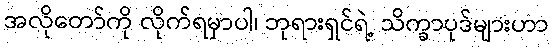
အလိုတော်ကို လိုက်ရမှာပါ၊ ဘုရားရှင်ရဲ့ သိက္ခာပုဒ်များဟာ